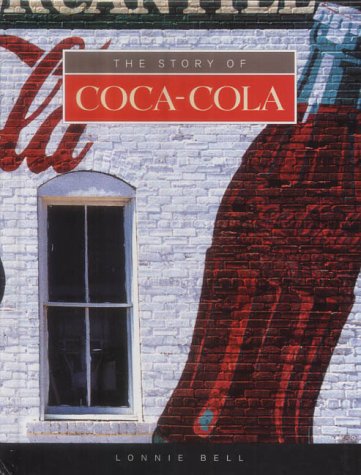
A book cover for The Story of Coca-Cola (Built for Success); Lonnie Bell; Crafts, Hobbies & Home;